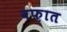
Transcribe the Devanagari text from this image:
वफ़ात